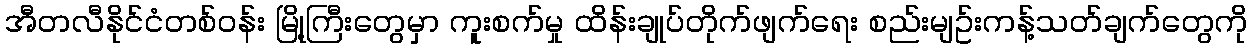
အီတလီနိုင်ငံတစ်ဝန်း မြို့ကြီးတွေမှာ ကူးစက်မှု ထိန်းချုပ်တိုက်ဖျက်ရေး စည်းမျဥ်းကန့်သတ်ချက်တွေကို